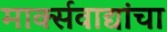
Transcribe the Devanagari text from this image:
मार्क्सवाद्यांचा